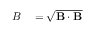
\begin{array} { r l } { B } & { { } = \sqrt { \mathbf { B } \cdot \mathbf { B } } } \end{array}